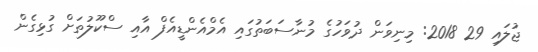
ޖުލައި 29 2018: މިނިވަން ދުވަހުގެ މުނާސަބަތުގައި އެމްއެންޑީއެފް އާއި ސްކޫލުތަށް ގުޅިގެން